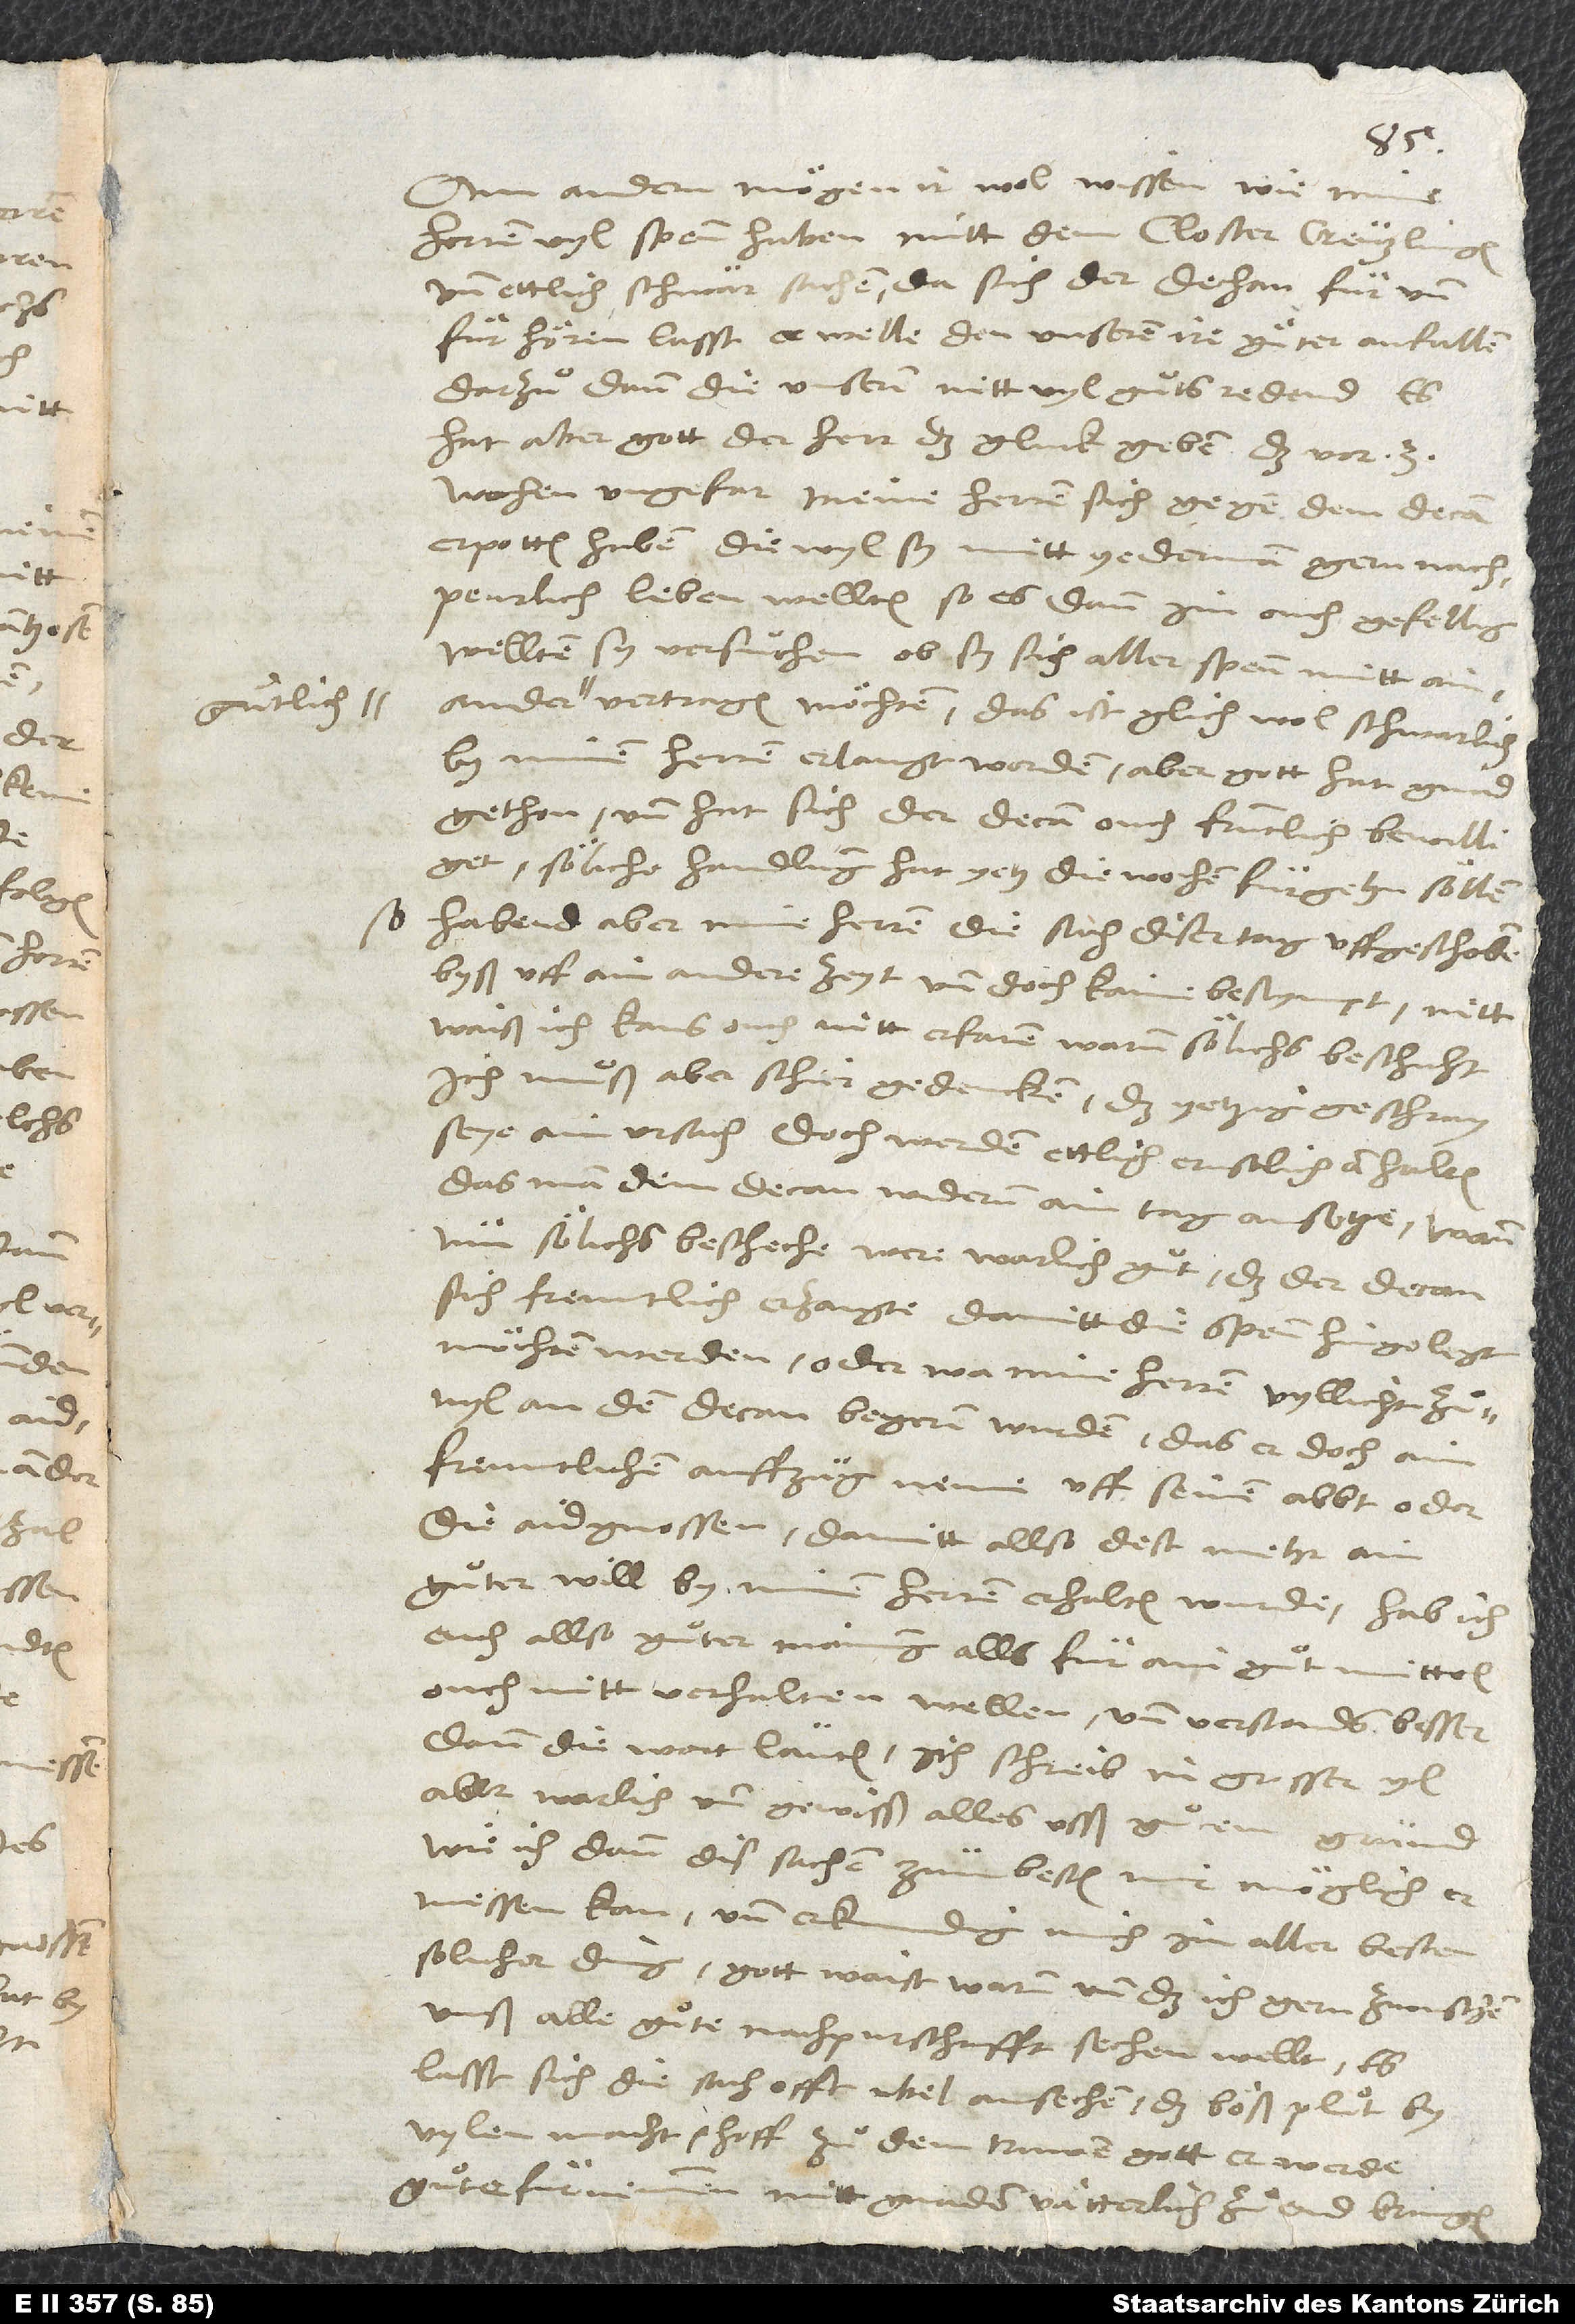
Am andern mögen ir wol wissen, wie mine
herren vyl spenn haben mitt dem closter Creutzlingen
und ettlich schwär sachen, da sich der dechan für und
für hören lasst, er welle den unseren ire güter anfallen,
darzuͦ dann die unsernn nitt vyl guͦts redend. Es
hat aber gott der herr das gluck geben, das vor 3
wochen ungefar meine herren sich gegen dem decan
erpotten haben, diewyl sy mitt yederman gern nachpeurlich
leben wellten, so es dann im ouch gefellig,
wellten sy versuͦchen, ob sy sich aller spenn mitt ainander
vertragen möchten. Das ist glich wol schwarlich
by minen herren erlangt worden; aber gott hat gnad
gethon, und hat sich der decan ouch fruntlich bewilliget.
Söliche handlung hat yetz die wochen fürgehn söllen;
so habend aber mine herren die sach diser tag uffgeschoben
byß uff ain andere zeyt und doch kaine bestympt; nitt
waiß ich, kans ouch nitt erfaren, warum sölichs beschicht.
Ich muͦß aber schier gedencken, das yetzig geschray
seye ain ursach; doch werden ettlich ernstlich anhalten,
das man dem decan widerum ain tag ansetze. Wann
nun sölichs bescheche, were warlich guͦt, das der decan
sich freuntlich erzaigte, damitt die spenn hingelegt
möchten werden, oder, wa mine herren vyllicht zuͦvyl
an den decan begernn wurden, das er doch ain
freuntlichen auffzug neme uff seinen abbt oder
die aidgnossen, damitt allso dest mehr ain
guͦter will by minen herren erhalten wurde. Hab ich
euch allso guͦter mainung alls für ain guͦt mittel
ouch nitt verhalten wellen, und verstands besser,
dann die wort lauten. Ich schreib in grosser yl,
aber warlich und gewisß alles usß guͦtem grund,
wie ich dann dis sachen zum besten mir möglich
ermessen kan, und erkundig mich im aller besten
solicher ding; gott waist warum und das ich gern zwuschen
unß alle guͦte nachpurschafft sechen wellt. Es
lasst sich die sach offt ubel ansechen, das böß pluͦt by
vylen macht; hoff zuͦ dem truwen gott, er werde
guͦte fürnemmen mitt gnaden vätterlich zuͦ end bringen.